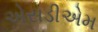
એસડીએમ